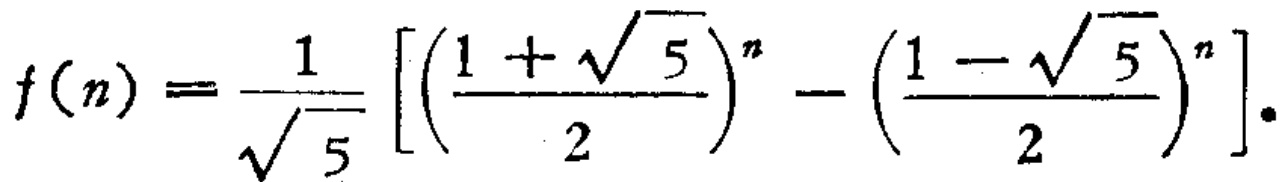
\[

f(n)=\frac{1}{\sqrt{5}}\left[\left(\frac{1 + \sqrt{5}}{2}\right)^n-\left(\frac{1 - \sqrt{5}}{2}\right)^n\right].

\]